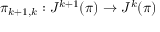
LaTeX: \pi _ { k + 1 , k } : J ^ { k + 1 } ( \pi ) \to J ^ { k } ( \pi )